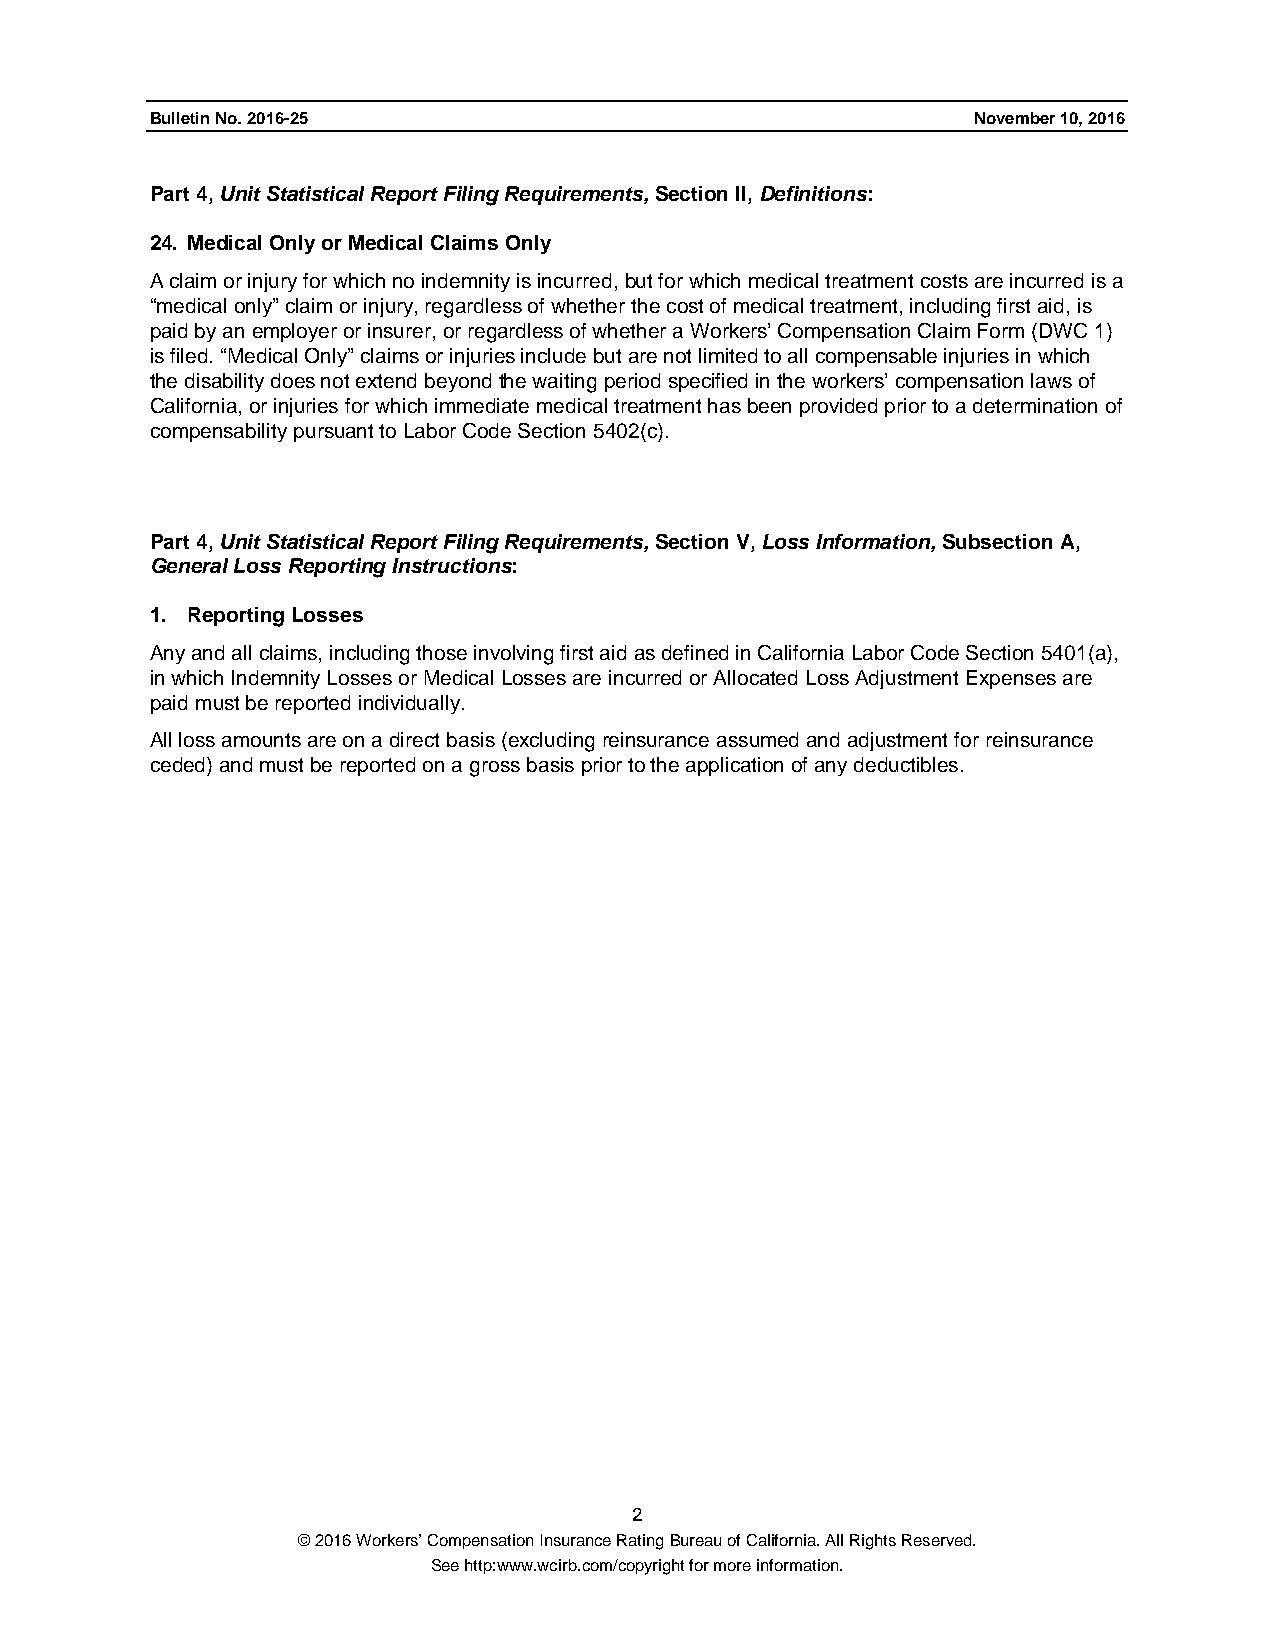
Bulletin No. 2016-25                                  November 10, 2016
 Part 4, Unit Statistical Report Filing Requirements, Section II, Definitions:
 24. Medical Only or Medical Claims Only
 A claim or injury for which no indemnity is incurred, but for which medical treatment costs are incurred is a
 “medical only” claim or injury, regardless of whether the cost of medical treatment, including first aid, is
 paid by an employer or insurer, or regardless of whether a Workers’ Compensation Claim Form (DWC 1)
 is filed. “Medical Only” claims or injuries include but are not limited to all compensable injuries in which
 the disability does not extend beyond the waiting period specified in the workers’ compensation laws of
 California, or injuries for which immediate medical treatment has been provided prior to a determination of
 compensability pursuant to Labor Code Section 5402(c).
 Part 4, Unit Statistical Report Filing Requirements, Section V, Loss Information, Subsection A,
 General Loss Reporting Instructions:
 1. Reporting Losses
 Any and all claims, including those involving first aid as defined in California Labor Code Section 5401(a),
 in which Indemnity Losses or Medical Losses are incurred or Allocated Loss Adjustment Expenses are
 paid must be reported individually.
 All loss amounts are on a direct basis (excluding reinsurance assumed and adjustment for reinsurance
 ceded) and must be reported on a gross basis prior to the application of any deductibles.
 2
 © 2016 Workers’ Compensation Insurance Rating Bureau of California. All Rights Reserved.
 See http:www.wcirb.com/copyright for more information.